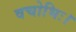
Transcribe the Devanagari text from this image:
वचोभिः।